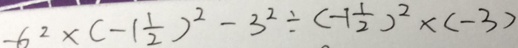
- 6 ^ { 2 } \times ( - 1 \frac { 1 } { 2 } ) ^ { 2 } - 3 ^ { 2 } \div ( - 1 \frac { 1 } { 2 } ) ^ { 2 } \times ( - 3 )